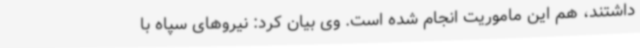
داشتند، هم این ماموریت انجام شده است. وی بیان کرد: نیروهای سپاه با